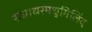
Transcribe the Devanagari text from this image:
राधाधरमधुमिलिंद